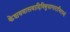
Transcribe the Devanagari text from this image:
केशववासवादिविबुधागाराभिरामां